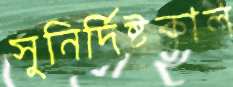
সুনির্দিষ্টকাল